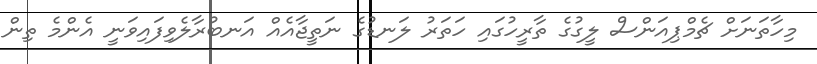
މިހާތަނަށް ޗެމްޕިއަންސް ލީގުގެ ތާރީހުގައި ހަތަރު ލަނޑުގެ ނަތީޖާއެއް އަނބުރާލެވިފައިވަނީ އެންމެ ތިން